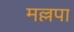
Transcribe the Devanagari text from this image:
मल्लपा